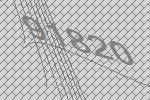
91820